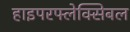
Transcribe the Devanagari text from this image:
हाइपरफ्लेक्सिबल